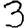
Digit: 3